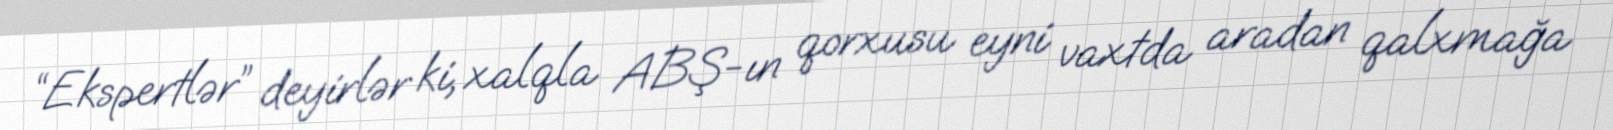
“Ekspertlər” deyirlər ki, xalqla ABŞ-ın qorxusu eyni vaxtda aradan qalxmağa